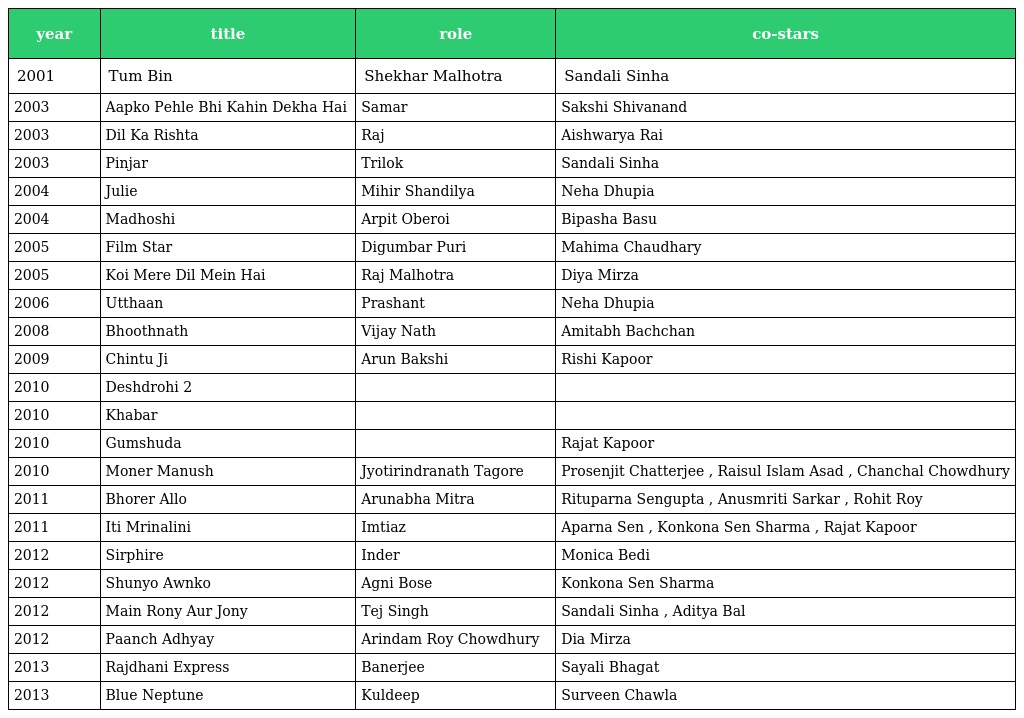
| year | title | role | co-stars |
 | --- | --- | --- | --- |
 | 2001 | Tum Bin | Shekhar Malhotra | Sandali Sinha |
 | 2003 | Aapko Pehle Bhi Kahin Dekha Hai | Samar | Sakshi Shivanand |
 | 2003 | Dil Ka Rishta | Raj | Aishwarya Rai |
 | 2003 | Pinjar | Trilok | Sandali Sinha |
 | 2004 | Julie | Mihir Shandilya | Neha Dhupia |
 | 2004 | Madhoshi | Arpit Oberoi | Bipasha Basu |
 | 2005 | Film Star | Digumbar Puri | Mahima Chaudhary |
 | 2005 | Koi Mere Dil Mein Hai | Raj Malhotra | Diya Mirza |
 | 2006 | Utthaan | Prashant | Neha Dhupia |
 | 2008 | Bhoothnath | Vijay Nath | Amitabh Bachchan |
 | 2009 | Chintu Ji | Arun Bakshi | Rishi Kapoor |
 | 2010 | Deshdrohi 2 |  |  |
 | 2010 | Khabar |  |  |
 | 2010 | Gumshuda |  | Rajat Kapoor |
 | 2010 | Moner Manush | Jyotirindranath Tagore | Prosenjit Chatterjee , Raisul Islam Asad , Chanchal Chowdhury |
 | 2011 | Bhorer Allo | Arunabha Mitra | Rituparna Sengupta , Anusmriti Sarkar , Rohit Roy |
 | 2011 | Iti Mrinalini | Imtiaz | Aparna Sen , Konkona Sen Sharma , Rajat Kapoor |
 | 2012 | Sirphire | Inder | Monica Bedi |
 | 2012 | Shunyo Awnko | Agni Bose | Konkona Sen Sharma |
 | 2012 | Main Rony Aur Jony | Tej Singh | Sandali Sinha , Aditya Bal |
 | 2012 | Paanch Adhyay | Arindam Roy Chowdhury | Dia Mirza |
 | 2013 | Rajdhani Express | Banerjee | Sayali Bhagat |
 | 2013 | Blue Neptune | Kuldeep | Surveen Chawla |